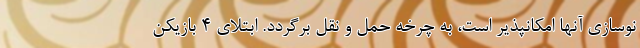
نوسازی آنها امکانپذیر است، به چرخه حمل و نقل برگردد. ابتلای 4 بازیکن